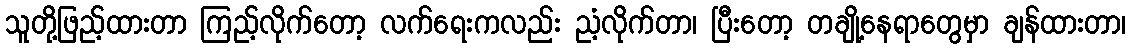
သူတို့ဖြည့်ထားတာ ကြည့်လိုက်တော့ လက်ရေးကလည်း ညံ့လိုက်တာ၊ ပြီးတော့ တချို့နေရာတွေမှာ ချန်ထားတာ၊